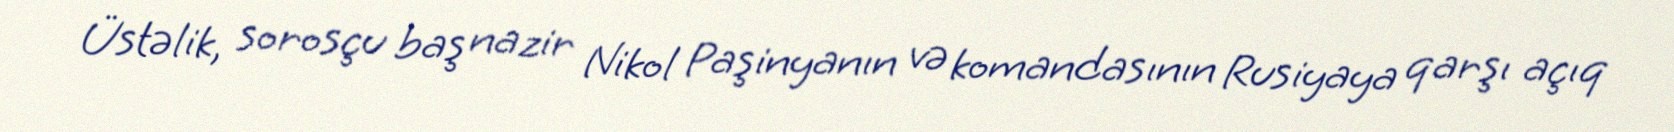
Üstəlik, sorosçu baş nazir Nikol Paşinyanın və komandasının Rusiyaya qarşı açıq